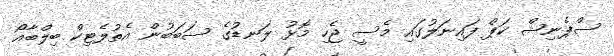
ސްޕެނިޝް ކަޕް ފައިނަލުގައި މެސީ ޖެހި މޮޅު ލަނޑުގެ ސަބަބުން އެތުލެޓިކް ބިލްބާއޯ